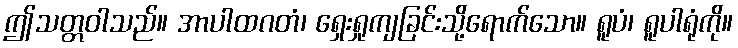
ဤသတ္တဝါသည်။ အာပါထဂတံ၊ ရှေးရှုကျခြင်းသို့ရောက်သော။ ရူပံ၊ ရူပါရုံကို။